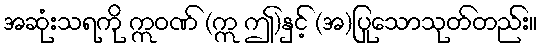
အဆုံးသရကို ဣဝဏ် (ဣ ဤ)နှင့် (အ)ပြုသောသုတ်တည်း။